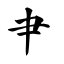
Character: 肀